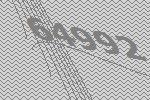
64992